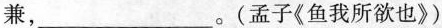
兼，___。(孟子《鱼我所欲也》